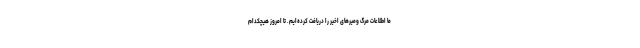
ما اطلاعات مرگ‌ ومیرهای اخیر را دریافت کرده‌ایم. تا امروز هیچکدام